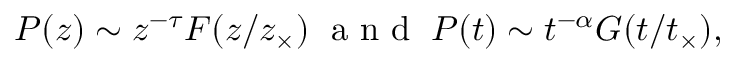
~ ~ ~ P ( z ) \sim z ^ { - \tau } { \cal F } ( z / z _ { \times } ) \; \textrm { a n d } \; P ( t ) \sim t ^ { - \alpha } { \cal G } ( t / t _ { \times } ) ,